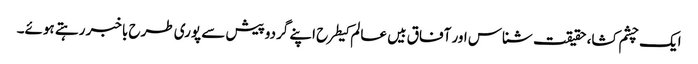
ایک چشم کشا، حقیقت شناس اور آفاق بیں عالم کیطرح اپنے گردوپیش سے پوری طرح باخبر رہتے ہوئے۔